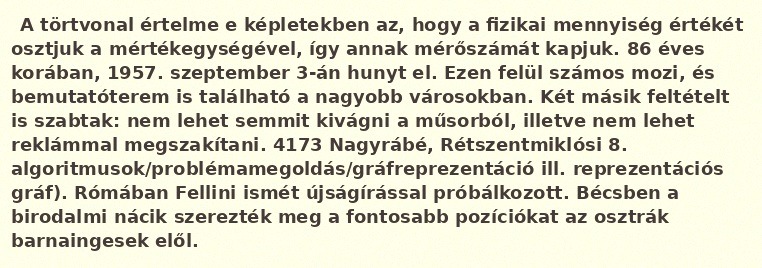
A törtvonal értelme e képletekben az, hogy a fizikai mennyiség értékét osztjuk a mértékegységével, így annak mérőszámát kapjuk. 86 éves korában, 1957. szeptember 3-án hunyt el. Ezen felül számos mozi, és bemutatóterem is található a nagyobb városokban. Két másik feltételt is szabtak: nem lehet semmit kivágni a műsorból, illetve nem lehet reklámmal megszakítani. 4173 Nagyrábé, Rétszentmiklósi 8. algoritmusok/problémamegoldás/gráfreprezentáció ill. reprezentációs gráf). Rómában Fellini ismét újságírással próbálkozott. Bécsben a birodalmi nácik szerezték meg a fontosabb pozíciókat az osztrák barnaingesek elől.